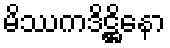
မိဿကဒိဋ္ဌိနော